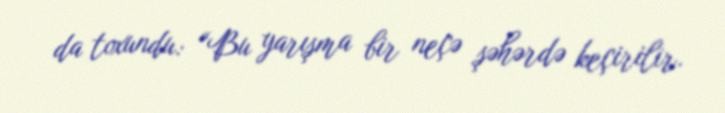
da toxundu: “Bu yarışma bir neçə şəhərdə keçirilir.